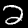
Label: 2